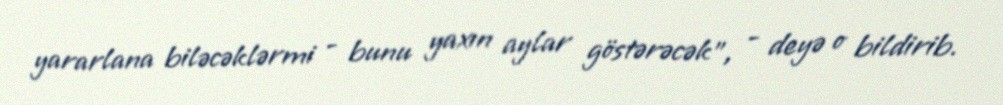
yararlana biləcəklərmi - bunu yaxın aylar göstərəcək”, - deyə o bildirib.